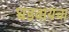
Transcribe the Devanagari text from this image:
घडवायचा